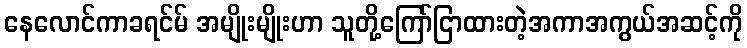
နေလောင်ကာခရင်မ် အမျိုးမျိုးဟာ သူတို့ကြော်ငြာထားတဲ့အကာအကွယ်အဆင့်ကို